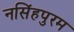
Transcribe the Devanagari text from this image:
नसिंहपुरम